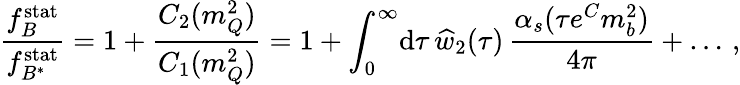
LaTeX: {\frac{f_{B}^{\mathrm{stat}}}{f_{B^{*}}^{\mathrm{stat}}}}=1+{\frac{C_{2}(m_{Q}^{2})}{C_{1}(m_{Q}^{2})}}=1+\int_{0}^{\infty}\! \mathrm{d}\tau\, \widehat w_{2}(\tau)\, {\frac{\alpha_{s}(\tau e^{C}m_{b}^{2})}{4\pi}}+\dots\, ,